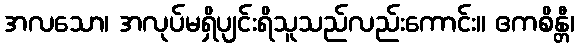
အလသော၊ အလုပ်မရှိပျင်းရိသူသည်လည်းကောင်း။ ဧကစိန္တီ၊